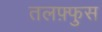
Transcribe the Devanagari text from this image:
तलफ़्फुस